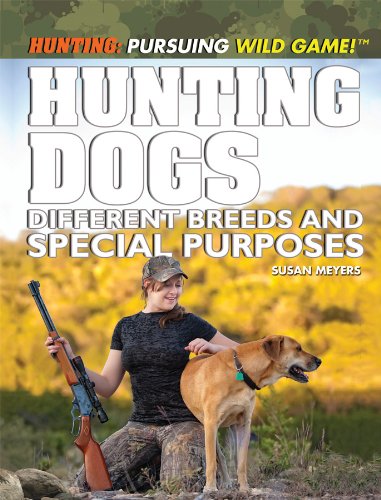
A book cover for Hunting Dogs: Different Breeds and Special Purposes (Hunting: Pursuing Wild Game!); Susan Meyer; Teen & Young Adult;